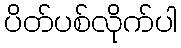
ပိတ်ပစ်လိုက်ပါ